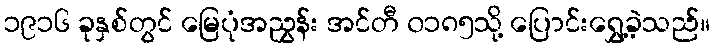
၁၉၁၆ ခုနှစ်တွင် မြေပုံအညွှန်း အင်တီ ၀၁၈၅သို့ ပြောင်းရွှေ့ခဲ့သည်။